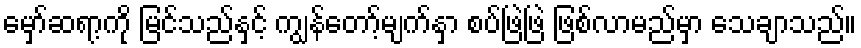
မှော်ဆရာ့ကို မြင်သည်နှင့် ကျွန်တော့်မျက်နှာ စပ်ဖြဲဖြဲ ဖြစ်လာမည်မှာ သေချာသည်။